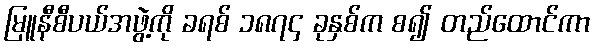
မြူနီစီပယ်အဖွဲ့ကို ခရစ် ၁၈၇၄ ခုနှစ်က စ၍ တည်ထောင်ကာ